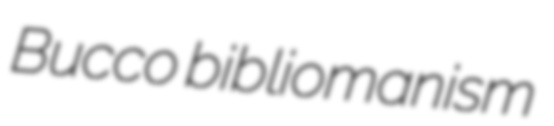
Bucco bibliomanism